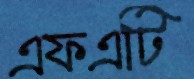
এফএটি